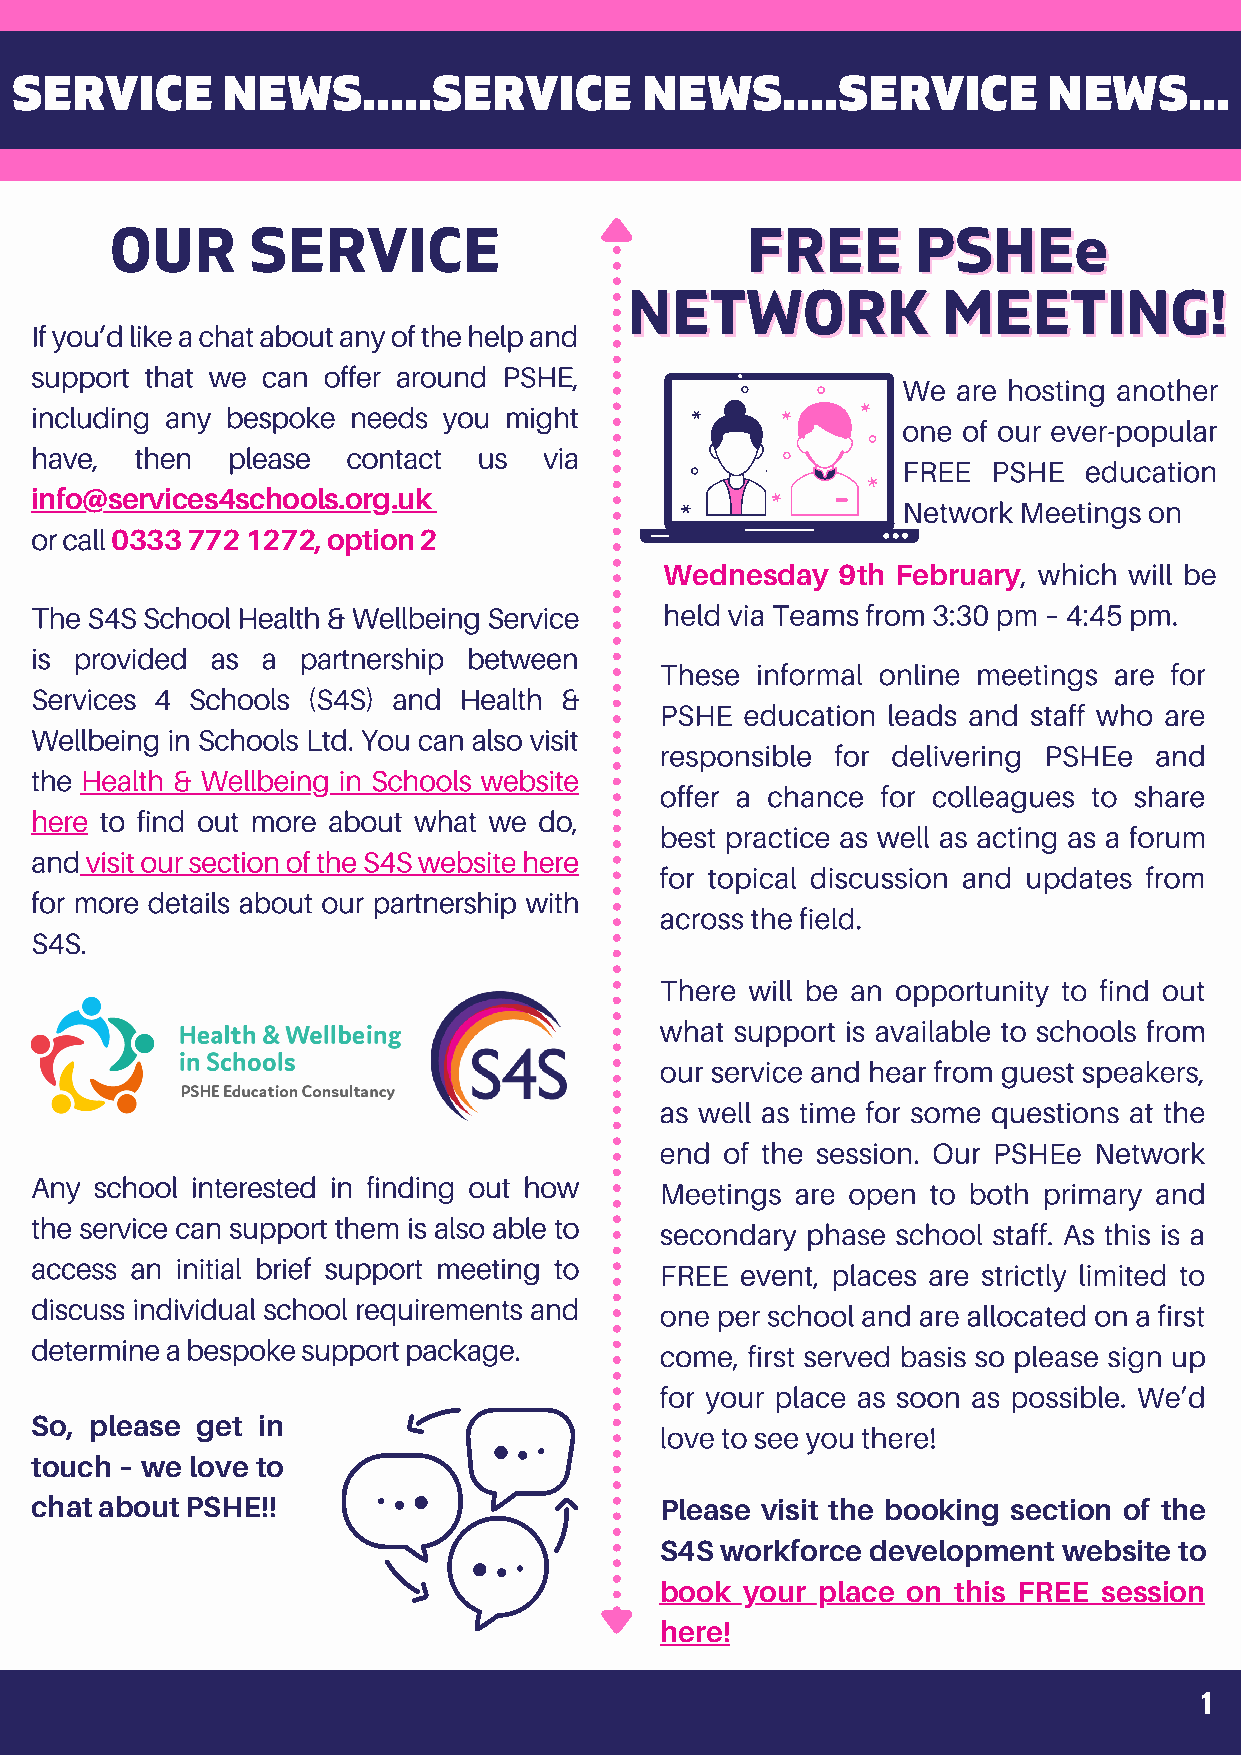
SERVICE       NEWS.....SERVICE           NEWS....SERVICE            NEWS...
 OUR      SERVICE                          FFRREEEE    PPSSHHEEee
 NNEETTWWOORRKK      MMEEEETTIINNGG!!
 If you’d like a chat about any of the help and
 support that we can offer around PSHE,
 We are hosting another
 including any bespoke needs you might
 one of our ever-popular
 have,  then  please  contact  us  via
 FREE  PSHE  education
 info@services4schools.org.uk
 Network Meetings on
 or call
 0333 772 1272, option 2
 , which will be
 Wednesday  9th February
 The S4S School Health & Wellbeing Service held via Teams from 3:30 pm – 4:45 pm.
 is provided as a  partnership between
 These informal online meetings are for
 Services 4 Schools (S4S) and Health &
 PSHE education leads and staff who are
 Wellbeing in Schools Ltd. You can also visit
 responsible for delivering PSHEe and
 the Health & Wellbeing in Schools website
 offer a chance for colleagues to share
 here to find out more about what we do,
 best practice as well as acting as a forum
 and visit our section of the S4S website here
 for topical discussion and updates from
 for more details about our partnership with
 across the field.
 S4S.
 There will be an opportunity to find out
 what support is available to schools from
 our service and hear from guest speakers,
 as well as time for some questions at the
 end of the session. Our PSHEe Network
 Any school interested in finding out how
 Meetings are open to both primary and
 the service can support them is also able to
 secondary phase school staff. As this is a
 access an initial brief support meeting to
 FREE event, places are strictly limited to
 discuss individual school requirements and
 one per school and are allocated on a first
 determine a bespoke support package.
 come, first served basis so please sign up
 for your place as soon as possible. We’d
 So, please get in                         love to see you there!
 touch – we love to
 chat about PSHE!!                         Please visit the booking section of the
 S4S workforce development website to
 book your place on this FREE session
 here!
 1